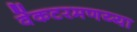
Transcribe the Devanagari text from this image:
वेंकटरमणय्या